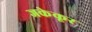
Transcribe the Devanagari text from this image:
जकेकूर